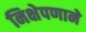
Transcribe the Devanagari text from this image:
निक्षेपणाने